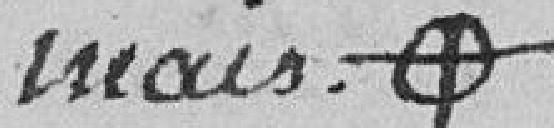
mais ???